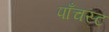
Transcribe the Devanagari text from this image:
पाँचस्ट